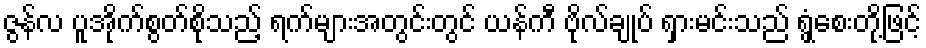
ဇွန်လ ပူအိုက်စွတ်စိုသည့် ရက်များအတွင်းတွင် ယန်ကီ ဗိုလ်ချုပ် ရှားမင်းသည် ရွှံ့စေးတို့ဖြင့်